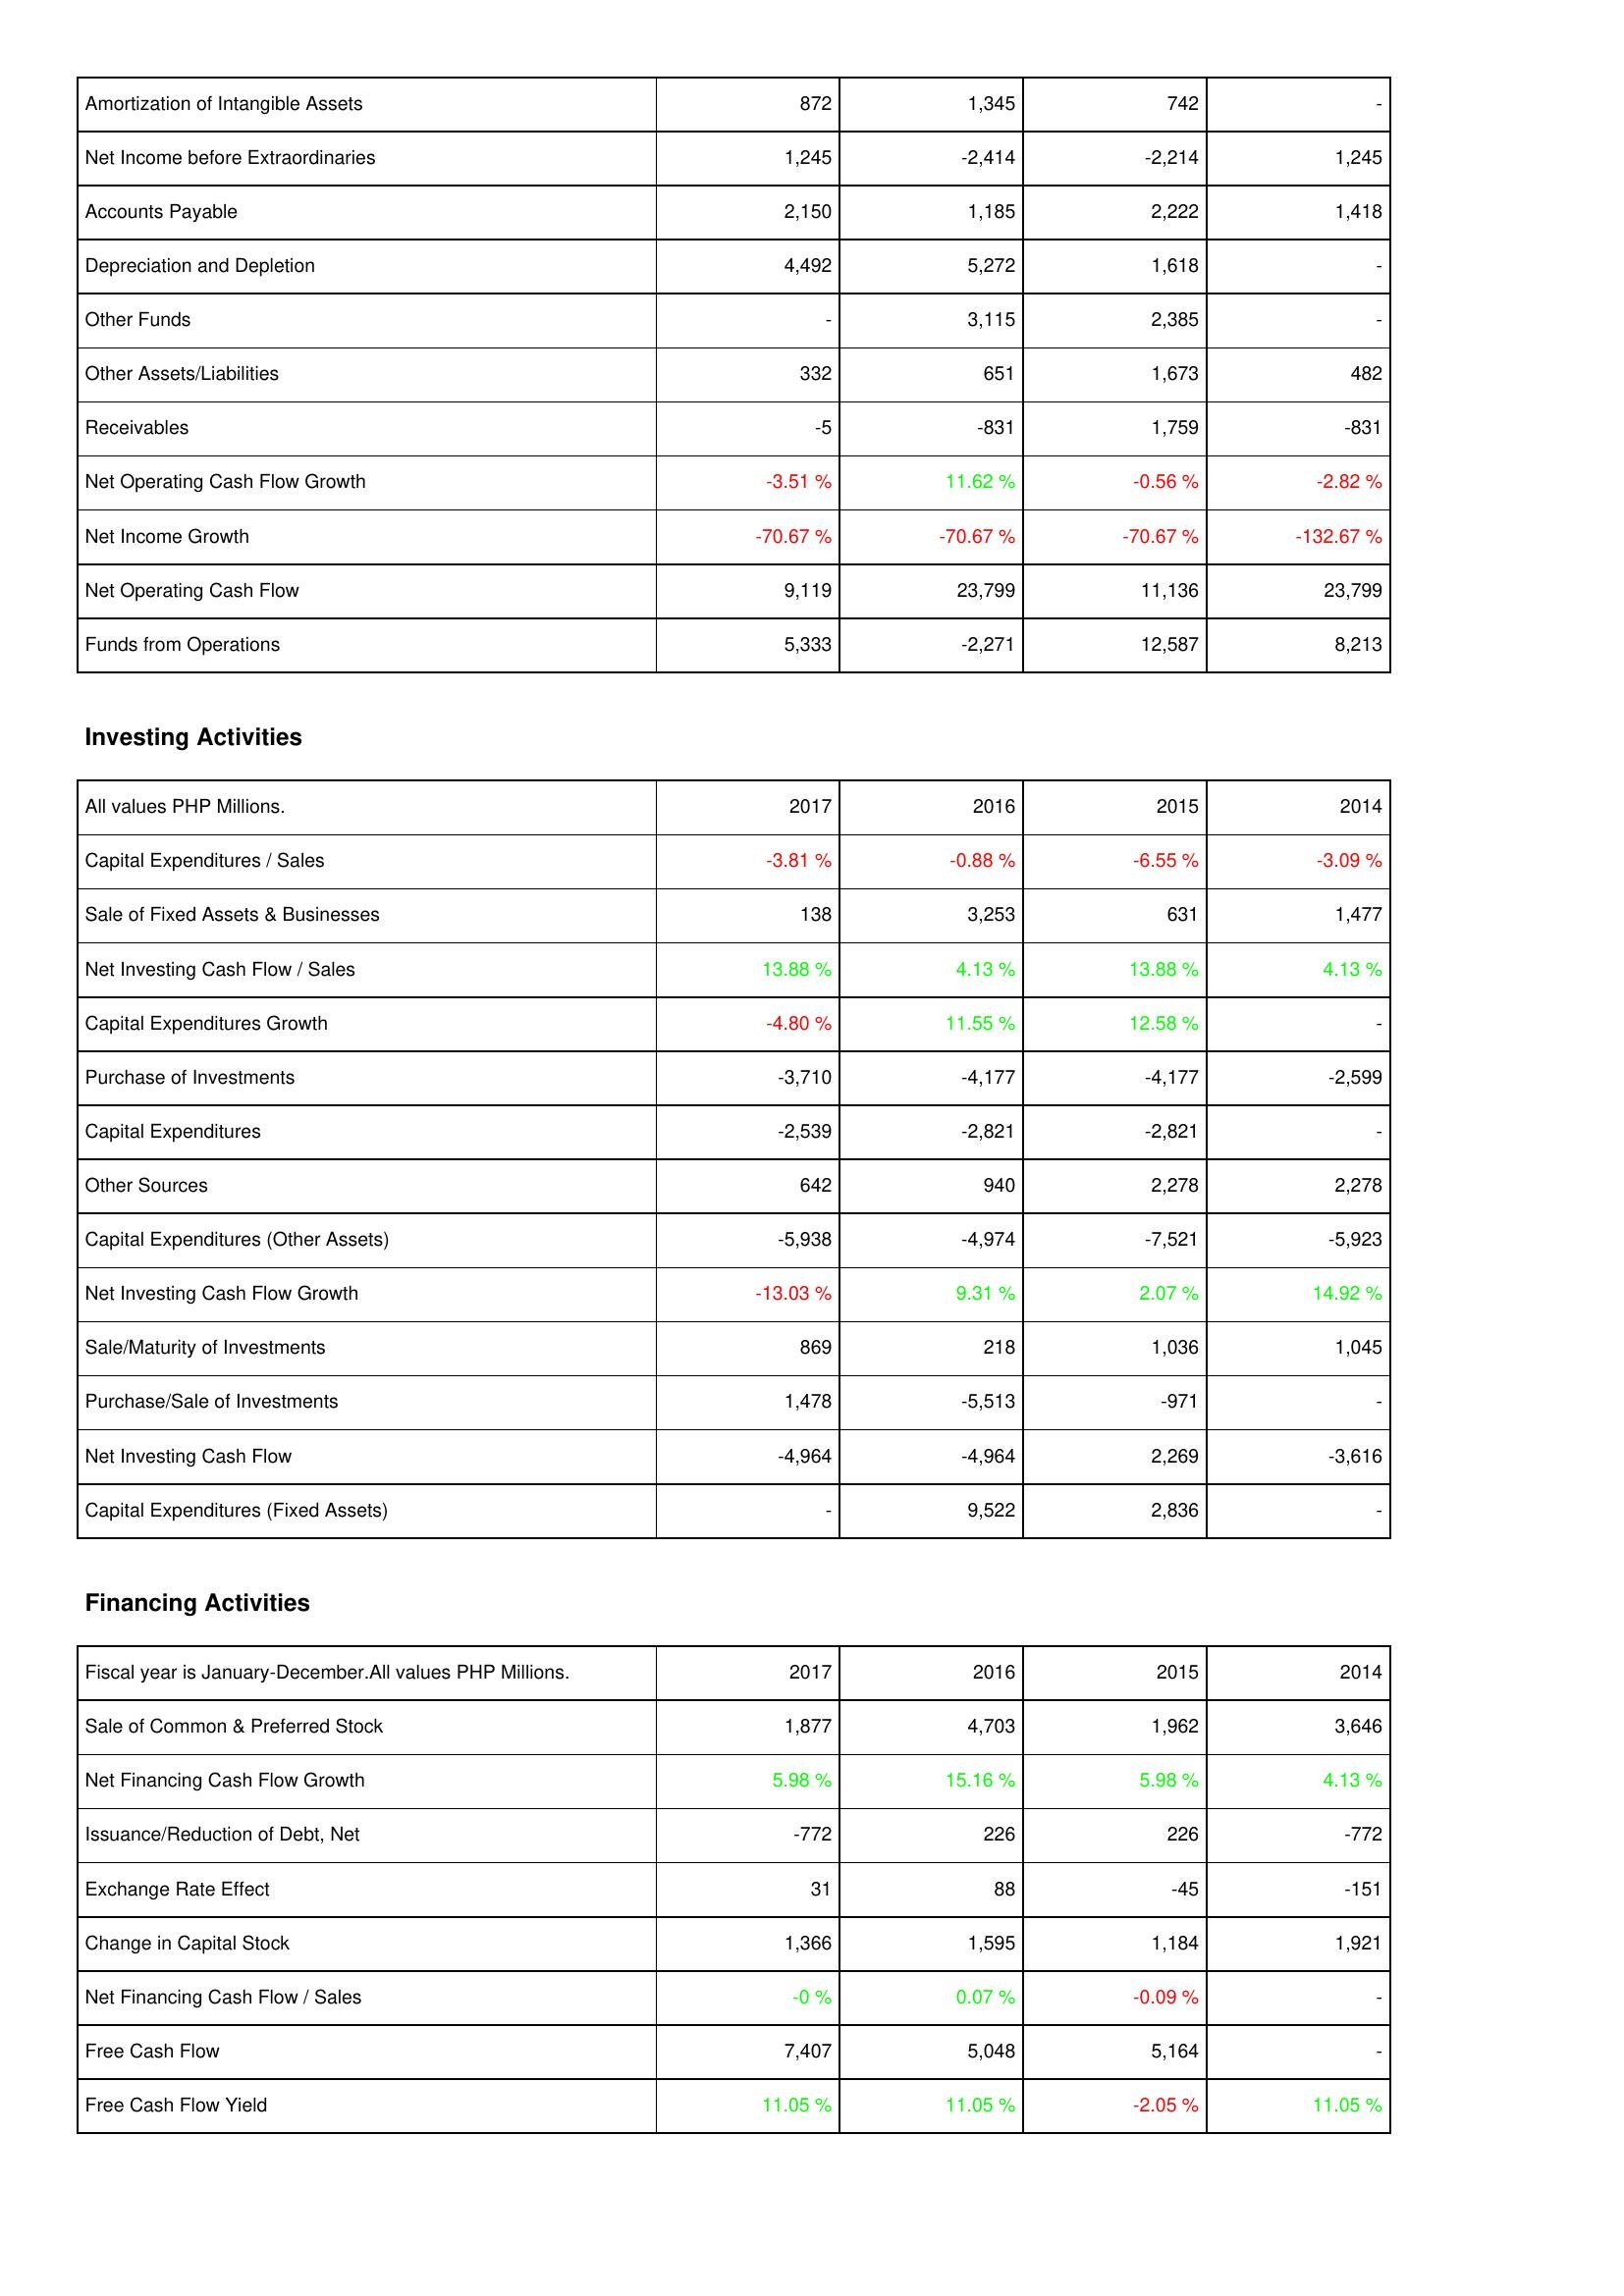
2017: Operating Activities: Amortization of Intangible Assets: 872
Net Income before Extraordinaries: 1,245
Accounts Payable: 2,150
Depreciation and Depletion: 4,492
Other Funds: -
Other Assets/Liabilities: 332
Receivables: -5
Net Operating Cash Flow Growth: -3.51 %
Net Income Growth: -70.67 %
Net Operating Cash Flow: 9,119
Funds from Operations: 5,333
Investing Activities: Capital Expenditures / Sales: -3.81 %
Sale of Fixed Assets & Businesses: 138
Net Investing Cash Flow / Sales: 13.88 %
Capital Expenditures Growth: -4.80 %
Purchase of Investments: -3,710
Capital Expenditures: -2,539
Other Sources: 642
Capital Expenditures (Other Assets): -5,938
Net Investing Cash Flow Growth: -13.03 %
Sale/Maturity of Investments: 869
Purchase/Sale of Investments: 1,478
Net Investing Cash Flow: -4,964
Capital Expenditures (Fixed Assets): -
Financing Activities: Sale of Common & Preferred Stock: 1,877
Net Financing Cash Flow Growth: 5.98 %
Issuance/Reduction of Debt, Net: -772
Exchange Rate Effect: 31
Change in Capital Stock: 1,366
Net Financing Cash Flow / Sales: -0 %
Free Cash Flow: 7,407
Free Cash Flow Yield: 11.05 %
2016: Operating Activities: Amortization of Intangible Assets: 1,345
Net Income before Extraordinaries: -2,414
Accounts Payable: 1,185
Depreciation and Depletion: 5,272
Other Funds: 3,115
Other Assets/Liabilities: 651
Receivables: -831
Net Operating Cash Flow Growth: 11.62 %
Net Income Growth: -70.67 %
Net Operating Cash Flow: 23,799
Funds from Operations: -2,271
Investing Activities: Capital Expenditures / Sales: -0.88 %
Sale of Fixed Assets & Businesses: 3,253
Net Investing Cash Flow / Sales: 4.13 %
Capital Expenditures Growth: 11.55 %
Purchase of Investments: -4,177
Capital Expenditures: -2,821
Other Sources: 940
Capital Expenditures (Other Assets): -4,974
Net Investing Cash Flow Growth: 9.31 %
Sale/Maturity of Investments: 218
Purchase/Sale of Investments: -5,513
Net Investing Cash Flow: -4,964
Capital Expenditures (Fixed Assets): 9,522
Financing Activities: Sale of Common & Preferred Stock: 4,703
Net Financing Cash Flow Growth: 15.16 %
Issuance/Reduction of Debt, Net: 226
Exchange Rate Effect: 88
Change in Capital Stock: 1,595
Net Financing Cash Flow / Sales: 0.07 %
Free Cash Flow: 5,048
Free Cash Flow Yield: 11.05 %
2015: Operating Activities: Amortization of Intangible Assets: 742
Net Income before Extraordinaries: -2,214
Accounts Payable: 2,222
Depreciation and Depletion: 1,618
Other Funds: 2,385
Other Assets/Liabilities: 1,673
Receivables: 1,759
Net Operating Cash Flow Growth: -0.56 %
Net Income Growth: -70.67 %
Net Operating Cash Flow: 11,136
Funds from Operations: 12,587
Investing Activities: Capital Expenditures / Sales: -6.55 %
Sale of Fixed Assets & Businesses: 631
Net Investing Cash Flow / Sales: 13.88 %
Capital Expenditures Growth: 12.58 %
Purchase of Investments: -4,177
Capital Expenditures: -2,821
Other Sources: 2,278
Capital Expenditures (Other Assets): -7,521
Net Investing Cash Flow Growth: 2.07 %
Sale/Maturity of Investments: 1,036
Purchase/Sale of Investments: -971
Net Investing Cash Flow: 2,269
Capital Expenditures (Fixed Assets): 2,836
Financing Activities: Sale of Common & Preferred Stock: 1,962
Net Financing Cash Flow Growth: 5.98 %
Issuance/Reduction of Debt, Net: 226
Exchange Rate Effect: -45
Change in Capital Stock: 1,184
Net Financing Cash Flow / Sales: -0.09 %
Free Cash Flow: 5,164
Free Cash Flow Yield: -2.05 %
2014: Operating Activities: Amortization of Intangible Assets: -
Net Income before Extraordinaries: 1,245
Accounts Payable: 1,418
Depreciation and Depletion: -
Other Funds: -
Other Assets/Liabilities: 482
Receivables: -831
Net Operating Cash Flow Growth: -2.82 %
Net Income Growth: -132.67 %
Net Operating Cash Flow: 23,799
Funds from Operations: 8,213
Investing Activities: Capital Expenditures / Sales: -3.09 %
Sale of Fixed Assets & Businesses: 1,477
Net Investing Cash Flow / Sales: 4.13 %
Capital Expenditures Growth: -
Purchase of Investments: -2,599
Capital Expenditures: -
Other Sources: 2,278
Capital Expenditures (Other Assets): -5,923
Net Investing Cash Flow Growth: 14.92 %
Sale/Maturity of Investments: 1,045
Purchase/Sale of Investments: -
Net Investing Cash Flow: -3,616
Capital Expenditures (Fixed Assets): -
Financing Activities: Sale of Common & Preferred Stock: 3,646
Net Financing Cash Flow Growth: 4.13 %
Issuance/Reduction of Debt, Net: -772
Exchange Rate Effect: -151
Change in Capital Stock: 1,921
Net Financing Cash Flow / Sales: -
Free Cash Flow: -
Free Cash Flow Yield: 11.05 %